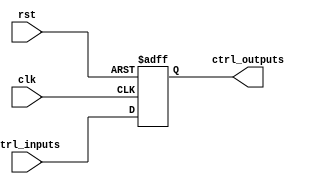
module ControlRegister (
    input wire clk,                     // Clock signal
    input wire rst,                     // Reset signal
    input wire [7:0] ctrl_inputs,       // Control inputs (8 bits)
    output reg [7:0] ctrl_outputs        // Control outputs (8 bits)
);

    // As an example, the initial state is set to 8'b00000000 during reset
    parameter INITIAL_STATE = 8'b00000000;

    always @(posedge clk or posedge rst) begin
        if (rst) begin
            // Asynchronous reset: Set control outputs to initial state
            ctrl_outputs <= INITIAL_STATE;
        end else begin
            // Capture the control inputs on the rising edge of the clock
            ctrl_outputs <= ctrl_inputs;
        end
    end

endmodule